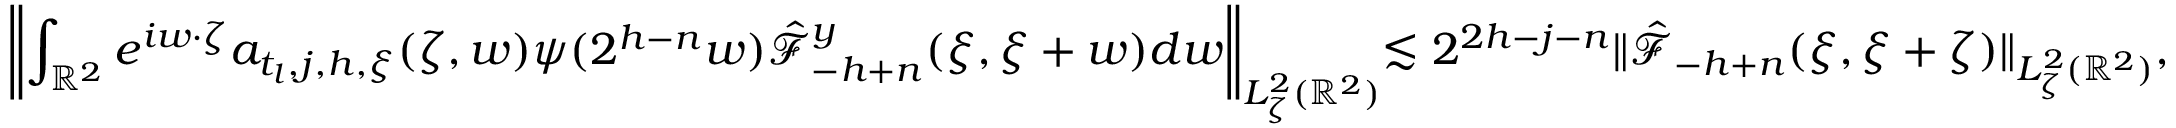
\biggl \| \int _ { \mathbb { R } ^ { 2 } } e ^ { i w \cdot \zeta } a _ { t _ { l } , j , h , \xi } ( \zeta , w ) \psi ( 2 ^ { h - n } w ) \hat { \mathcal { F } } _ { - h + n } ^ { y } ( \xi , \xi + w ) d w \biggl \| _ { L _ { \zeta } ^ { 2 } ( \mathbb { R } ^ { 2 } ) } \lesssim 2 ^ { 2 h - j - n } \| \hat { \mathcal { F } } _ { - h + n } ( \xi , \xi + \zeta ) \| _ { L _ { \zeta } ^ { 2 } ( \mathbb { R } ^ { 2 } ) } ,